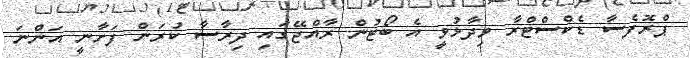
ޕްރޮފެސާ ޑެކްސްޓްރާ ވިދާޅުވީ އެ ބޯޓުން ރާއްޖޭގައި ދިރާސާ ކުރަން ފަށާނީ އަންނަ